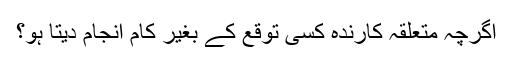
اگرچہ متعلقہ کارندہ کسى توقع کے بغير کام انجام ديتا ہو؟